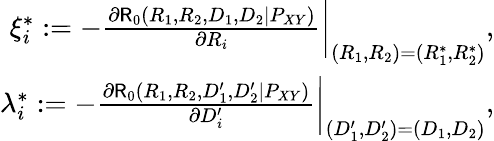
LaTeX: \begin{array}{r}{\xi_{i}^{*}:=-\frac{\partial\mathsf{R}_{0}(R_{1},R_{2},D_{1},D_{2}|P_{XY})}{\partial R_{i}}\bigg|_{(R_{1},R_{2})=(R_{1}^{*},R_{2}^{*})},}\\ {\lambda_{i}^{*}:=-\frac{\partial\mathsf{R}_{0}(R_{1},R_{2},D_{1}^{\prime},D_{2}^{\prime}|P_{XY})}{\partial D_{i}^{\prime}}\bigg|_{(D_{1}^{\prime},D_{2}^{\prime})=(D_{1},D_{2})},}\end{array}